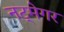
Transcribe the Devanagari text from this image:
नट्मेगर